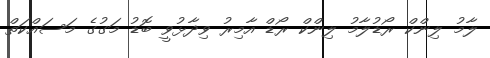
ލާމު ލިންކް ރޯޑުލާމު ލިންކް ރޯޑް އާމިރު ވިދާޅުވީ ބޮޑު މަގުގެ މަސައްކަތް